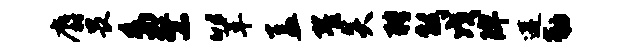
麝畏鸟繁以革盖翟炎聘黻戊陴遘勒